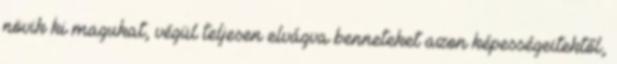
növik ki magukat, végül teljesen elvágva benneteket azon képességeitektől,